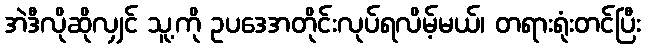
အဲဒီလိုဆိုလျှင် သူ့ကို ဥပဒေအတိုင်းလုပ်ရလိမ့်မယ်၊ တရားရုံးတင်ပြီး